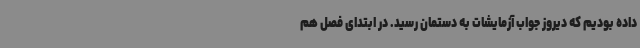
داده بودیم که دیروز جواب آزمایشات به دستمان رسید. در ابتدای فصل هم